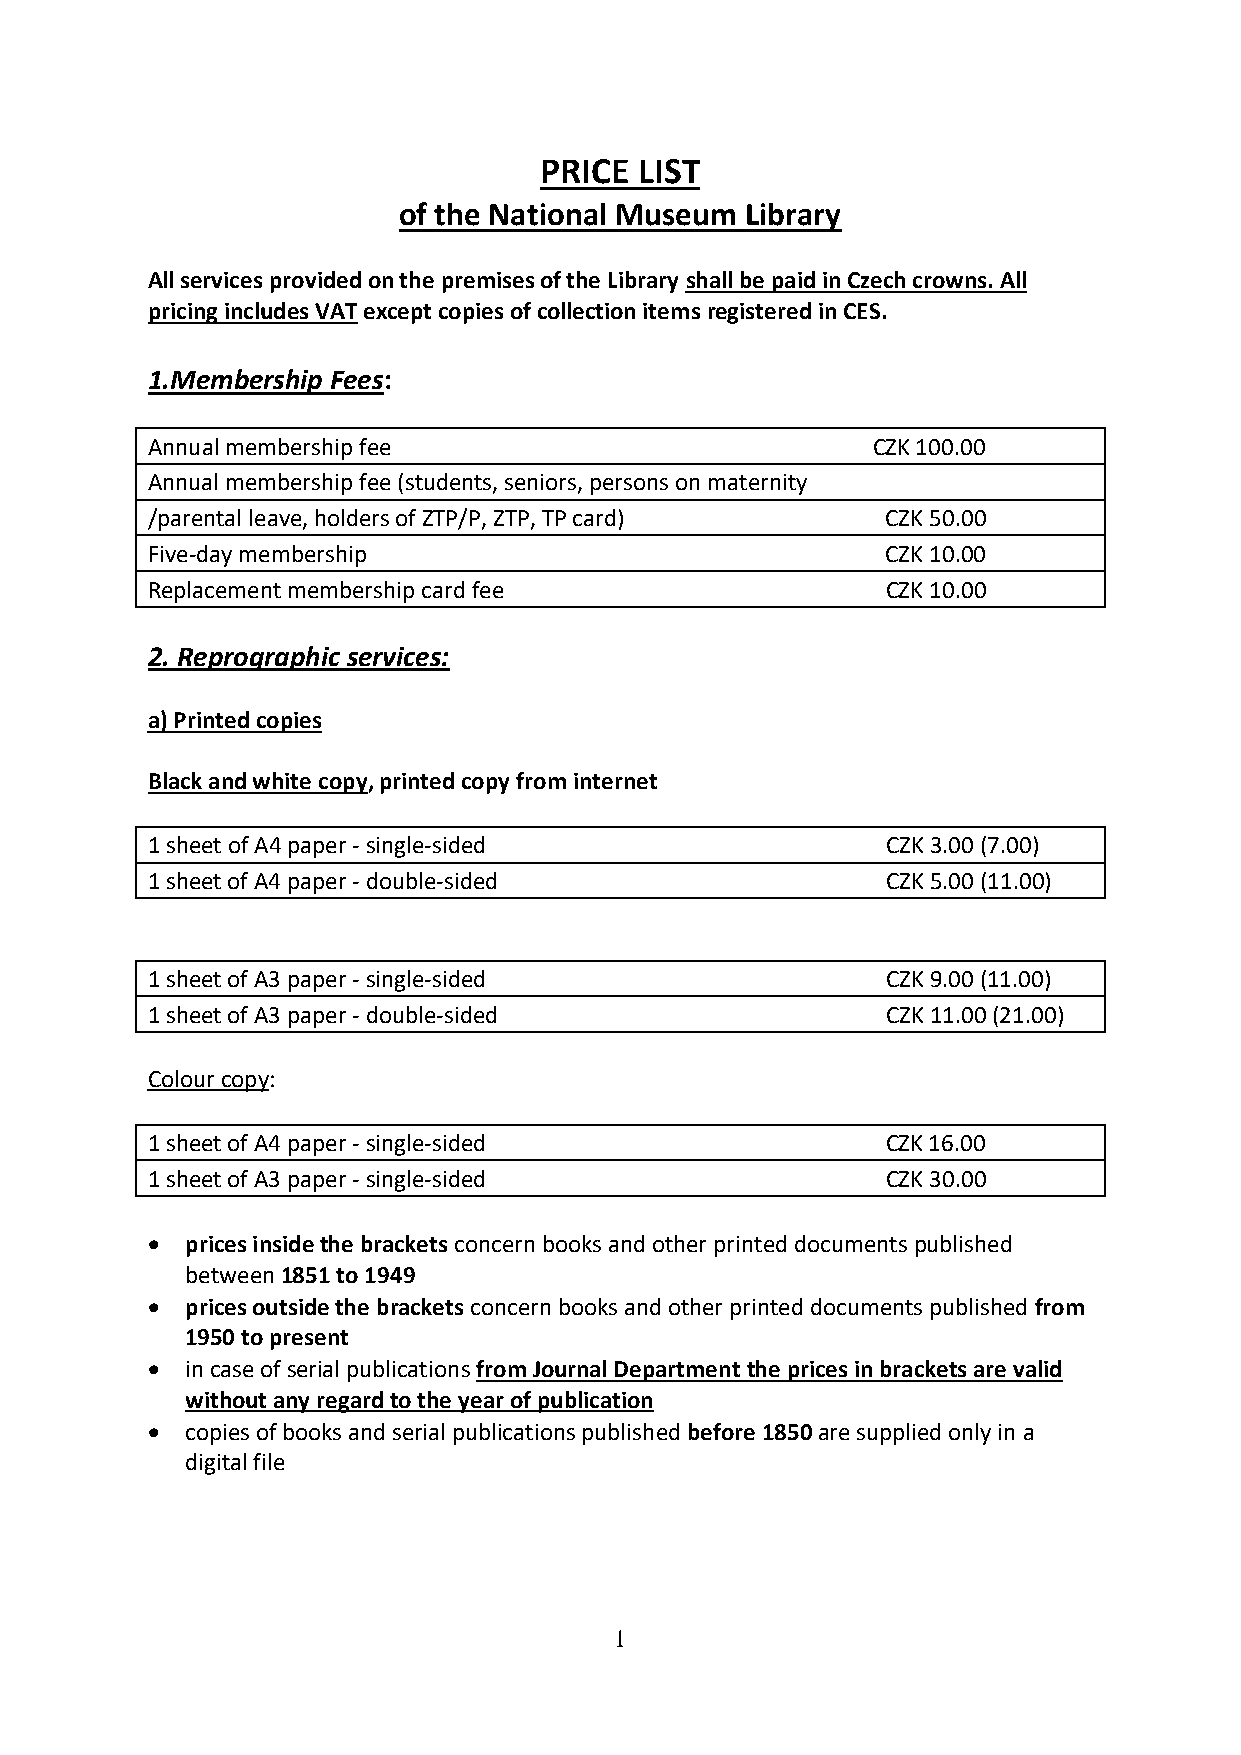
PRICE LIST
 of the National Museum Library
 All services provided on the premises of the Library shall be paid in Czech crowns. All
 pricing includes VAT except copies of collection items registered in CES.
 1.Membership Fees:
 Annual membership fee                           CZK 100.00
 Annual membership fee (students, seniors, persons on maternity
 /parental leave, holders of ZTP/P, ZTP, TP card) CZK 50.00
 Five-day membership                              CZK 10.00
 Replacement membership card fee                  CZK 10.00
 2. Reprographic services:
 a) Printed copies
 Black and white copy, printed copy from internet
 1 sheet of A4 paper - single-sided               CZK 3.00 (7.00)
 1 sheet of A4 paper - double-sided               CZK 5.00 (11.00)
 1 sheet of A3 paper - single-sided               CZK 9.00 (11.00)
 1 sheet of A3 paper - double-sided               CZK 11.00 (21.00)
 Colour copy:
 1 sheet of A4 paper - single-sided               CZK 16.00
 1 sheet of A3 paper - single-sided               CZK 30.00
 • prices inside the brackets concern books and other printed documents published
 between 1851 to 1949
 • prices outside the brackets concern books and other printed documents published from
 1950 to present
 • in case of serial publications from Journal Department the prices in brackets are valid
 without any regard to the year of publication
 • copies of books and serial publications published before 1850 are supplied only in a
 digital file
 1